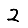
Digit: 2